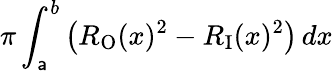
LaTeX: \pi\int_{\mathsf{a}}^{b}\left(R_{\mathrm{{O}}}(x)^{2}-R_{\mathrm{{I}}}(x)^{2}\right)\, dx